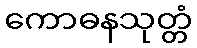
ကောဓနသုတ္တံ